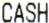
CASH